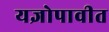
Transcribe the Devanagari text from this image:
यज्ञोपावीत